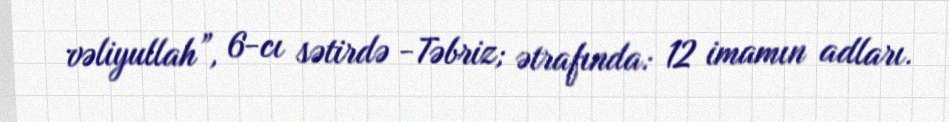
vəliyullah”, 6-cı sətirdə -Təbriz; ətrafında: 12 imamın adları.